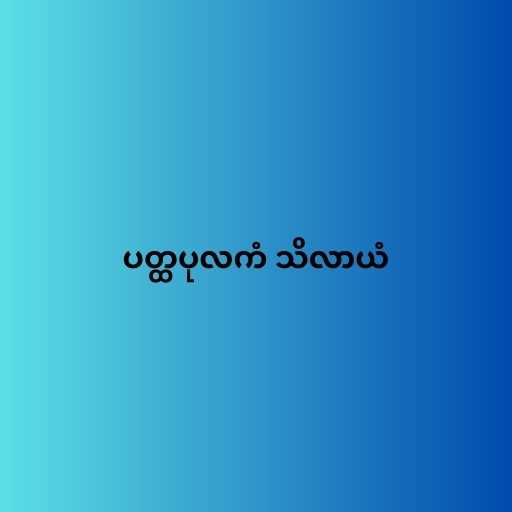
ပတ္ထပုလကံ သိလာယံ